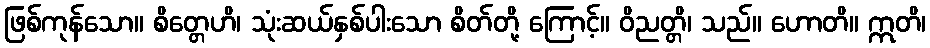
ဖြစ်ကုန်သော။ စိတ္တေဟိ၊ သုံးဆယ်နှစ်ပါးသော စိတ်တို့ ကြောင့်။ ဝိညတ္တိ၊ သည်။ ဟောတိ။ ဣတိ၊